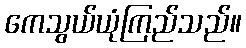
ကေသွယ်ယုံကြည်သည်။